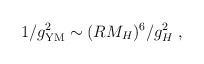
\begin{align*}1/g^2_{\rm YM} \sim (R M_H)^6 /g_H^2\ , \end{align*}